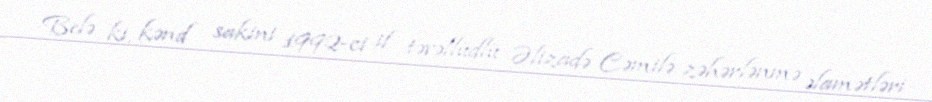
Belə ki, kənd sakini 1992-ci il təvəllüdlü Əlizadə Cəmilə zəhərlənmə əlamətləri